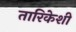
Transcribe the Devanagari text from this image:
तारिकेशी